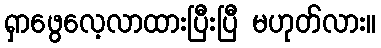
ရှာဖွေလေ့လာထားပြီးပြီ မဟုတ်လား။